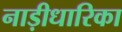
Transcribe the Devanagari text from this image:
नाड़ीधारिका